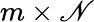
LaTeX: m\times\mathscr{N}